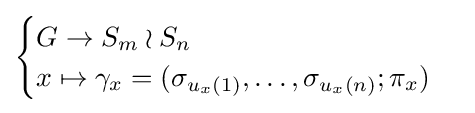
{\begin{cases}G\to S_{m}\wr S_{n}\\x\mapsto \gamma _{x}=(\sigma _{u_{x}(1)},\ldots ,\sigma _{u_{x}(n)};\pi _{x})\end{cases}}